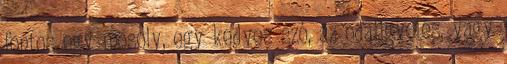
fontos egy mosoly, egy kedves szó, az odafigyelés, vagy